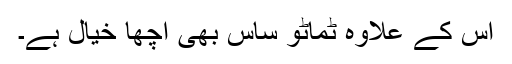
اس کے علاوہ ٹماٹو ساس بھی اچھا خیال ہے۔